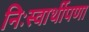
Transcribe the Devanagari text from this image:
निःस्वार्थीपणा